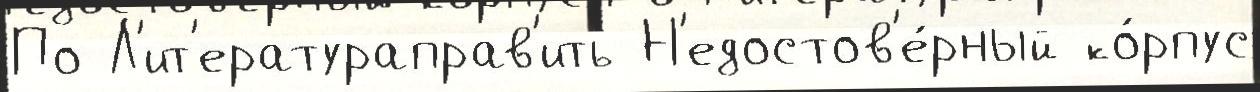
По Л'ит'ератураправ'ить Н'едостов'е́рный ко́рпус